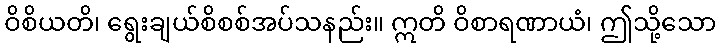
ဝိစိယတိ၊ ရွေးချယ်စိစစ်အပ်သနည်း။ ဣတိ ဝိစာရဏာယံ၊ ဤသို့သော